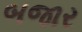
બજાર